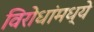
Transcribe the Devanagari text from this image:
विरोधांमध्ये